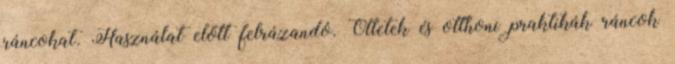
ráncokat. Használat előtt felrázandó. Ötletek és otthoni praktikák ráncok